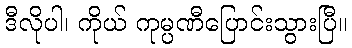
ဒီလိုပါ၊ ကိုယ် ကုမ္ပဏီပြောင်းသွားပြီ။